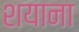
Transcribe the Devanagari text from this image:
शयाना